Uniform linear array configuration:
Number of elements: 24
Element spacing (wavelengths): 0.5
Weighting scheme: hann
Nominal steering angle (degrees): -45
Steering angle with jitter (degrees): -46.281
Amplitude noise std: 0.05
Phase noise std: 0.05

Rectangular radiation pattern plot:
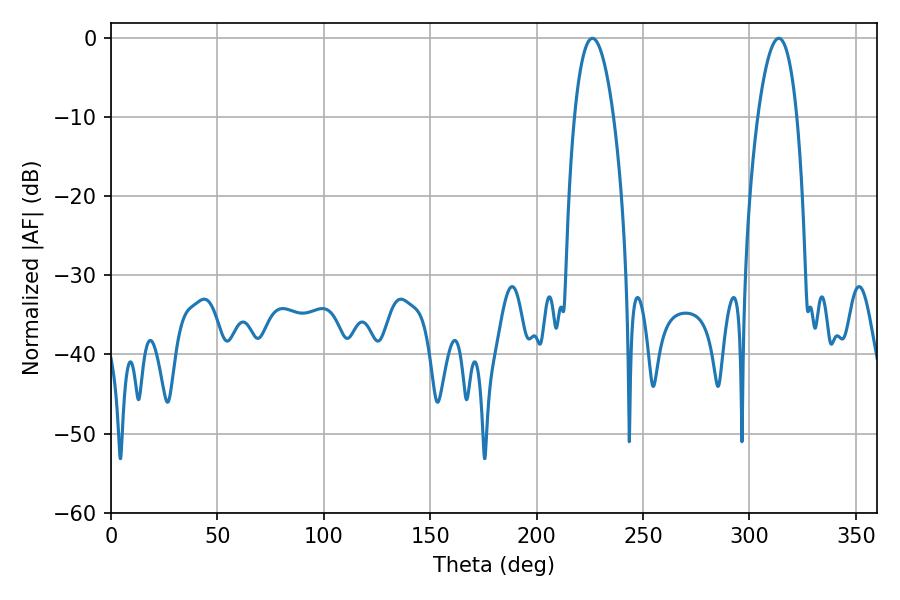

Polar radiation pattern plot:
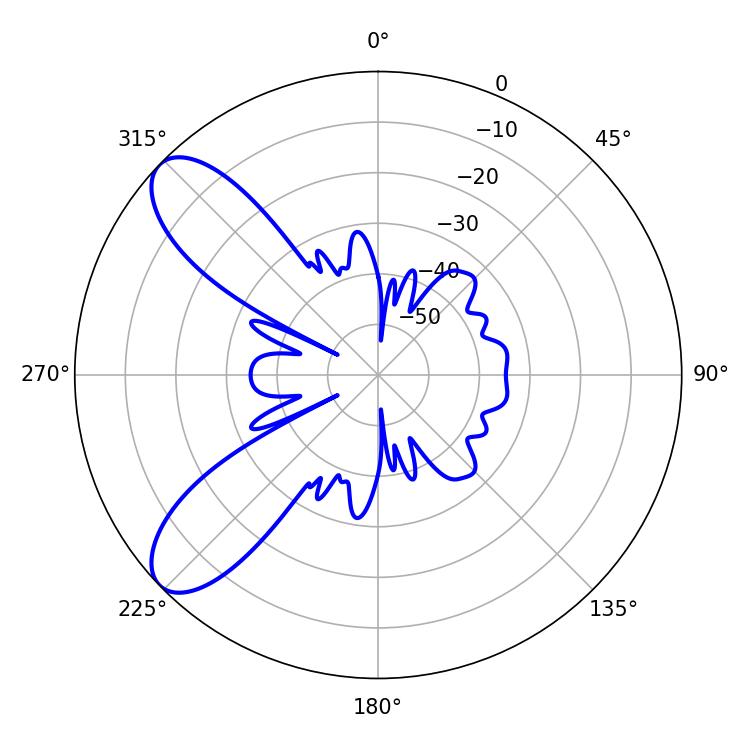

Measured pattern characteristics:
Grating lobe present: FALSE
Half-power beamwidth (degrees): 10.08
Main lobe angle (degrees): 313.74